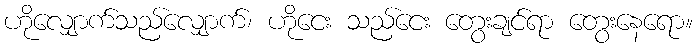
ဟိုလျှောက်သည်လျှောက်၊ ဟိုငေး သည်ငေး တွေးချင်ရာ တွေးနေရော။